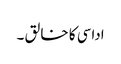
اداسی کا خا لق ۔